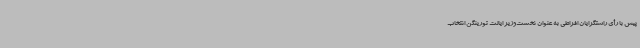
پیش با رأی راستگرایان افراطی به عنوان نخست‌وزیر ایالت تورینگن انتخاب